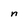
Character: n